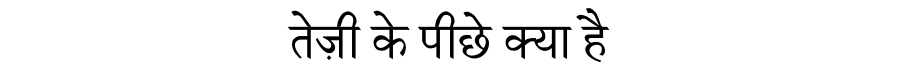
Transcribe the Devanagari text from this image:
तेज़ी के पीछे क्या है